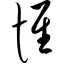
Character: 惟